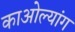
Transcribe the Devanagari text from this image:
काओल्यांग